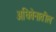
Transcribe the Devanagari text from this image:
अधिवेनातील